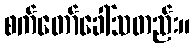
စက်တော်ခေါ်သတည်း။